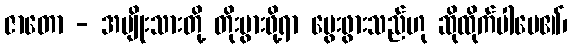
ဇာတော - အမျိုးသားတို့ တိုးပွားဖို့ရာ မွေးဖွားသည်ဟု ဆိုထိုက်ပါပေ၏၊